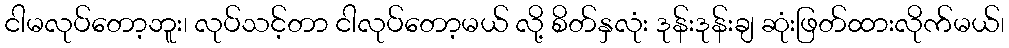
ငါမလုပ်တော့ဘူး၊ လုပ်သင့်တာ ငါလုပ်တော့မယ် လို့ စိတ်နှလုံး ဒုန်းဒုန်းချ ဆုံးဖြတ်ထားလိုက်မယ်၊